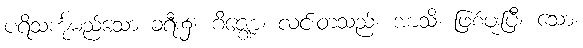
ပရိသင်္ကုမည်သော ခရီး၌။ ဂိဇ္ဈော၊ လင်းတသည်။ အာသိ၊ ဖြစ်ဖူးပြီ။ သော၊